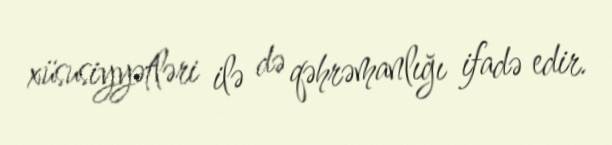
xüsusiyyətləri ilə də qəhrəmanlığı ifadə edir.